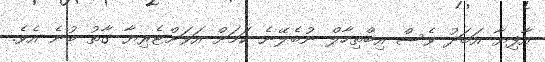
އާފިޔާ އަބަދު ވެސް އިބްތިހާލް ނުބެލޭނެ ކަމަށް އަވަށްޓެރިޔާ ގާތު ބުނެ އެވެ.